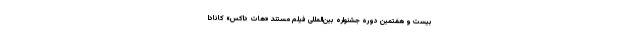
بیست و هفتمین دوره جشنواره بین‌المللی فیلم مستند «هات داکس» کانادا